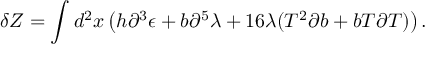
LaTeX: \delta Z = \int d ^ { 2 } x \left( h \partial ^ { 3 } \epsilon + b \partial ^ { 5 } \lambda + 1 6 \lambda ( T ^ { 2 } \partial b + b T \partial T ) \right) .